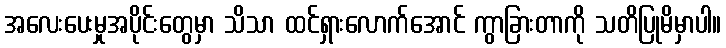
အလေးပေးမှုအပိုင်းတွေမှာ သိသာ ထင်ရှားလောက်အောင် ကွာခြားတာကို သတိပြုမိမှာပါ။